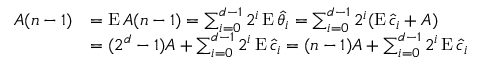
\begin{array} { r l } { A ( n - 1 ) } & { = \operatorname { E } A ( n - 1 ) = \sum _ { i = 0 } ^ { d - 1 } 2 ^ { i } \operatorname { E } \hat { \theta } _ { i } = \sum _ { i = 0 } ^ { d - 1 } 2 ^ { i } ( \operatorname { E } \hat { c } _ { i } + A ) } \\ & { = ( 2 ^ { d } - 1 ) A + \sum _ { i = 0 } ^ { d - 1 } 2 ^ { i } \operatorname { E } \hat { c } _ { i } = ( n - 1 ) A + \sum _ { i = 0 } ^ { d - 1 } 2 ^ { i } \operatorname { E } \hat { c } _ { i } } \end{array}